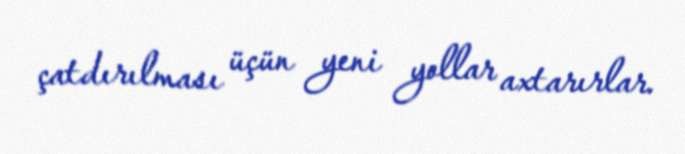
çatdırılması üçün yeni yollar axtarırlar.